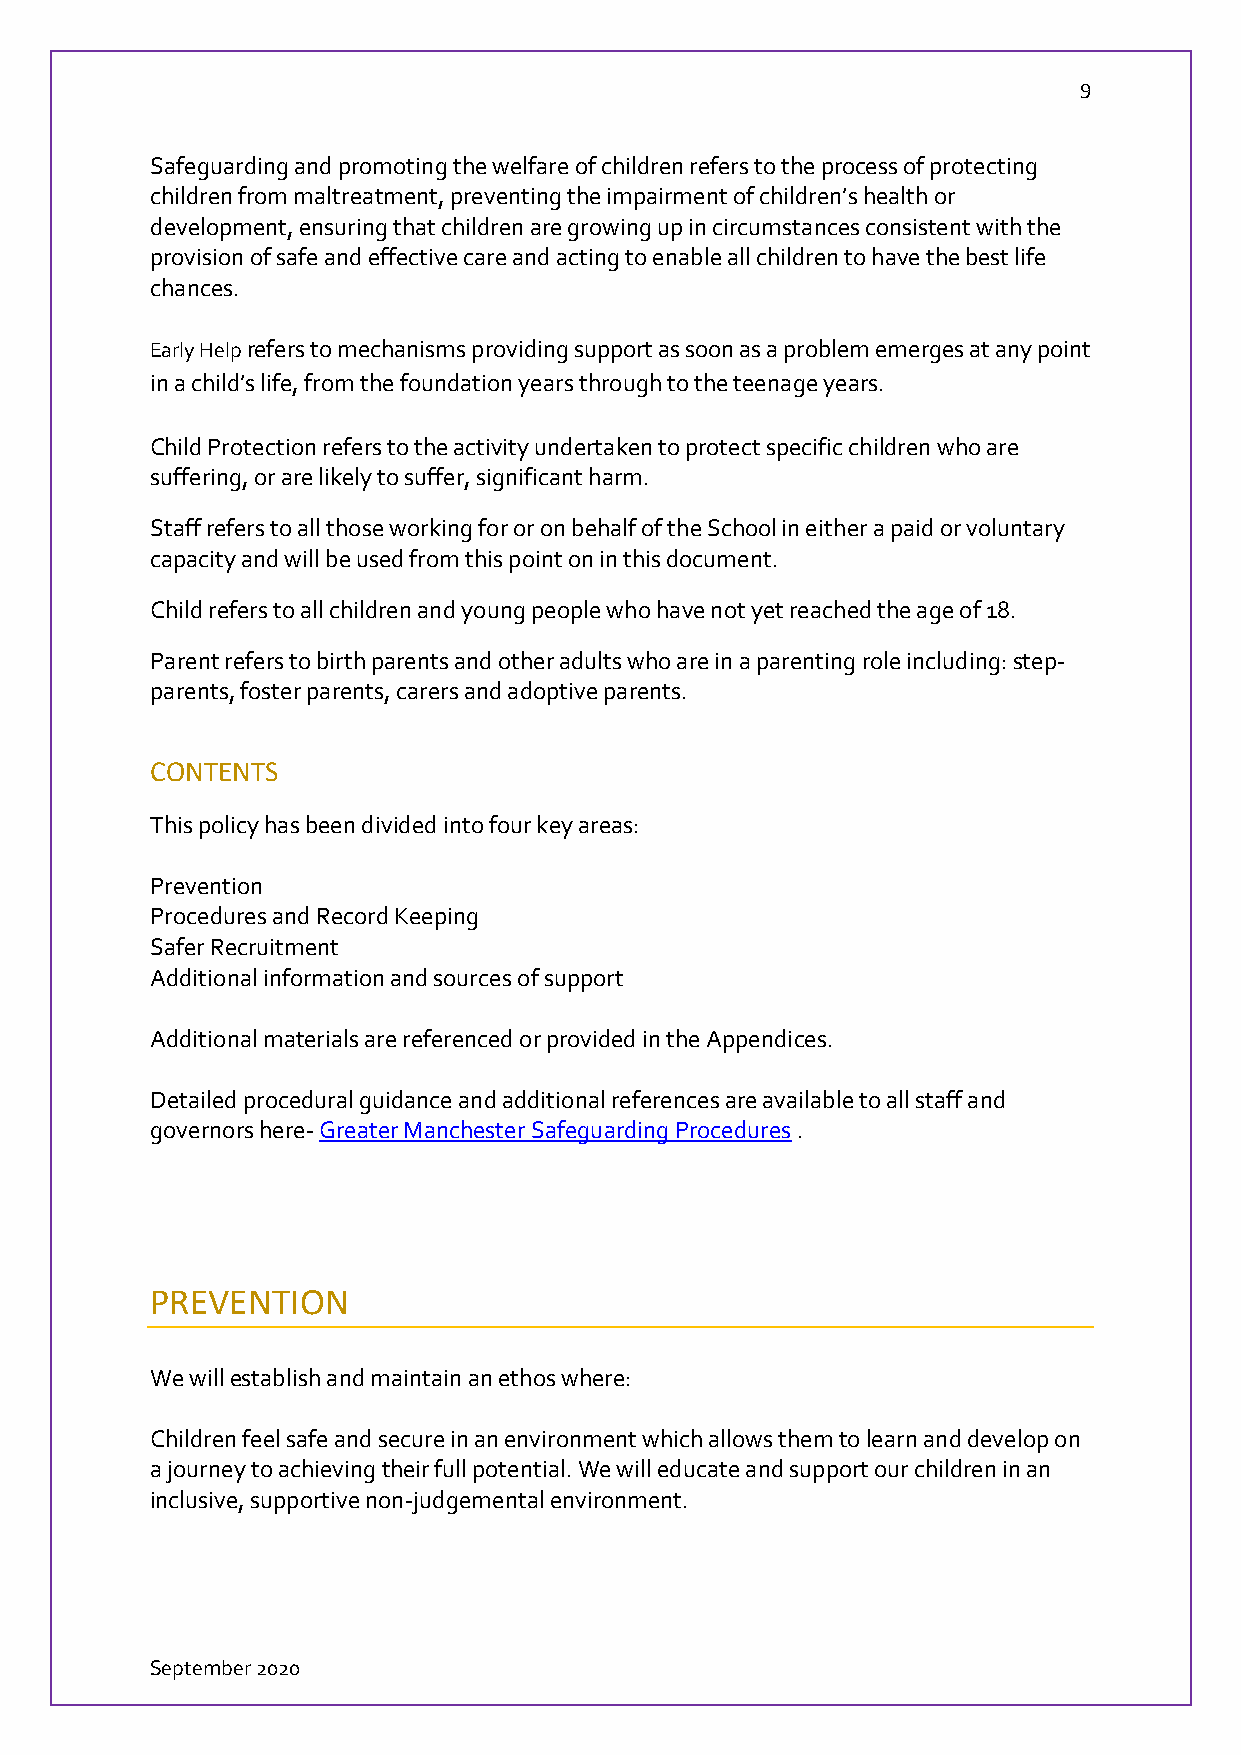
9
 Safeguarding and promoting the welfare of children refers to the process of protecting
 children from maltreatment, preventing the impairment of children’s health or
 development, ensuring that children are growing up in circumstances consistent with the
 provision of safe and effective care and acting to enable all children to have the best life
 chances.
 Early Help refers to mechanisms providing support as soon as a problem emerges at any point
 in a child’s life, from the foundation years through to the teenage years.
 Child Protection refers to the activity undertaken to protect specific children who are
 suffering, or are likely to suffer, significant harm.
 Staff refers to all those working for or on behalf of the School in either a paid or voluntary
 capacity and will be used from this point on in this document.
 Child refers to all children and young people who have not yet reached the age of 18.
 Parent refers to birth parents and other adults who are in a parenting role including: step-
 parents, foster parents, carers and adoptive parents.
 CONTENTS
 This policy has been divided into four key areas:
 Prevention
 Procedures and Record Keeping
 Safer Recruitment
 Additional information and sources of support
 Additional materials are referenced or provided in the Appendices.
 Detailed procedural guidance and additional references are available to all staff and
 governors here- Greater Manchester Safeguarding Procedures .
 PREVENTION
 We will establish and maintain an ethos where:
 Children feel safe and secure in an environment which allows them to learn and develop on
 a journey to achieving their full potential. We will educate and support our children in an
 inclusive, supportive non-judgemental environment.
 September 2020